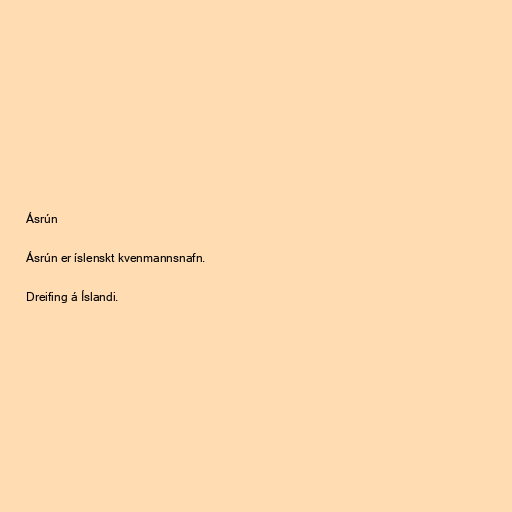
Ásrún

Ásrún er íslenskt kvenmannsnafn.

Dreifing á Íslandi.